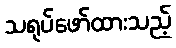
သရုပ်ဖော်ထားသည့်